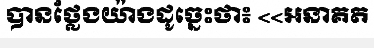
បានថ្លែងយ៉ាងដូច្នេះថា៖ <<អនាគត